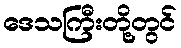
ဒေသကြီးတို့တွင်